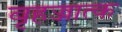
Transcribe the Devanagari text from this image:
बृहज्जात्क